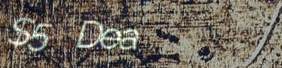
$5 Deal